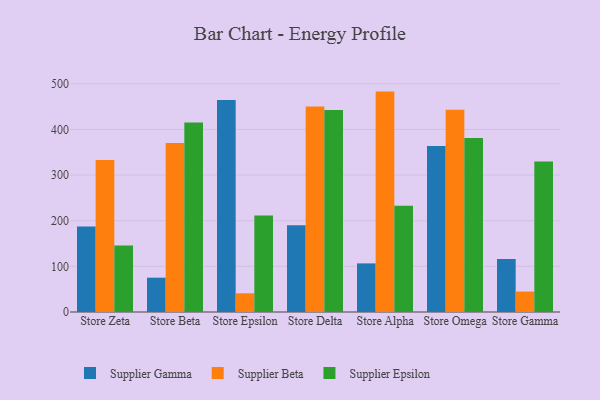
{"axis": {"x": "Store", "y": "Satisfaction Score"}, "legend": ["Supplier Beta", "Supplier Epsilon", "Supplier Gamma"], "data": [{"x": "Store Zeta", "y": 187.2, "type": "Supplier Gamma"}, {"x": "Store Zeta", "y": 333.2, "type": "Supplier Beta"}, {"x": "Store Zeta", "y": 145.9, "type": "Supplier Epsilon"}, {"x": "Store Beta", "y": 75.2, "type": "Supplier Gamma"}, {"x": "Store Beta", "y": 370.4, "type": "Supplier Beta"}, {"x": "Store Beta", "y": 415.3, "type": "Supplier Epsilon"}, {"x": "Store Epsilon", "y": 464.7, "type": "Supplier Gamma"}, {"x": "Store Epsilon", "y": 41.0, "type": "Supplier Beta"}, {"x": "Store Epsilon", "y": 211.4, "type": "Supplier Epsilon"}, {"x": "Store Delta", "y": 190.3, "type": "Supplier Gamma"}, {"x": "Store Delta", "y": 450.3, "type": "Supplier Beta"}, {"x": "Store Delta", "y": 442.7, "type": "Supplier Epsilon"}, {"x": "Store Alpha", "y": 106.5, "type": "Supplier Gamma"}, {"x": "Store Alpha", "y": 483.0, "type": "Supplier Beta"}, {"x": "Store Alpha", "y": 233.1, "type": "Supplier Epsilon"}, {"x": "Store Omega", "y": 363.8, "type": "Supplier Gamma"}, {"x": "Store Omega", "y": 443.3, "type": "Supplier Beta"}, {"x": "Store Omega", "y": 381.5, "type": "Supplier Epsilon"}, {"x": "Store Gamma", "y": 116.0, "type": "Supplier Gamma"}, {"x": "Store Gamma", "y": 44.8, "type": "Supplier Beta"}, {"x": "Store Gamma", "y": 330.0, "type": "Supplier Epsilon"}]}